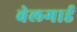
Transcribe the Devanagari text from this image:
बेलगार्ड